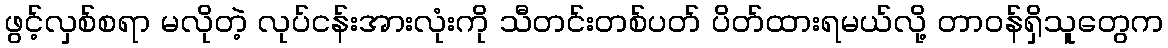
ဖွင့်လှစ်စရာ မလိုတဲ့ လုပ်ငန်းအားလုံးကို သီတင်းတစ်ပတ် ပိတ်ထားရမယ်လို့ တာဝန်ရှိသူတွေက